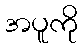
အပူကို